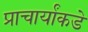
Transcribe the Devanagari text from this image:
प्राचार्यांकडे